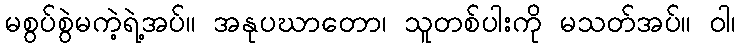
မစွပ်စွဲမကဲ့ရဲ့အပ်။ အနုပဃာတော၊ သူတစ်ပါးကို မသတ်အပ်။ ဝါ၊